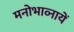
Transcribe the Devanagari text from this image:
मनोभाव्नायें